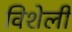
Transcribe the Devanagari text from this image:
विशेली